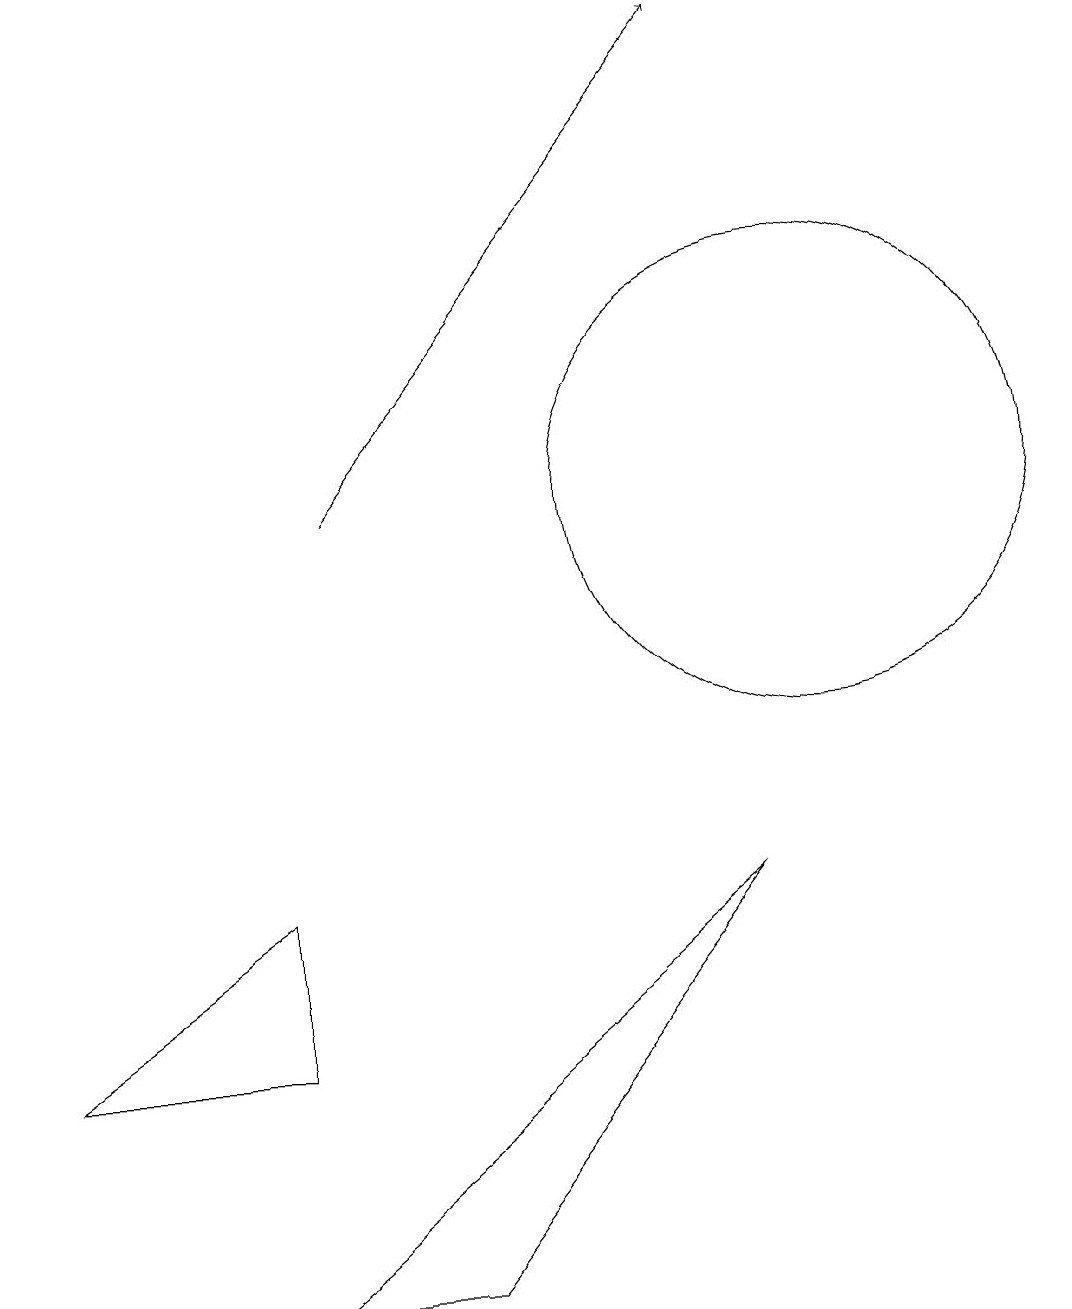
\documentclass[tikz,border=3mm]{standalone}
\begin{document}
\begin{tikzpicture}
\draw (10,10) circle (3);
\draw[->] (4,10) -- (9,16);
\draw (5,0) -- (9,5) -- (3,0) -- cycle;
\draw (3,5) -- (0,3) -- (3,3) -- cycle;
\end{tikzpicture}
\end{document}